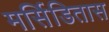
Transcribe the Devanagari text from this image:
मर्सिडितास